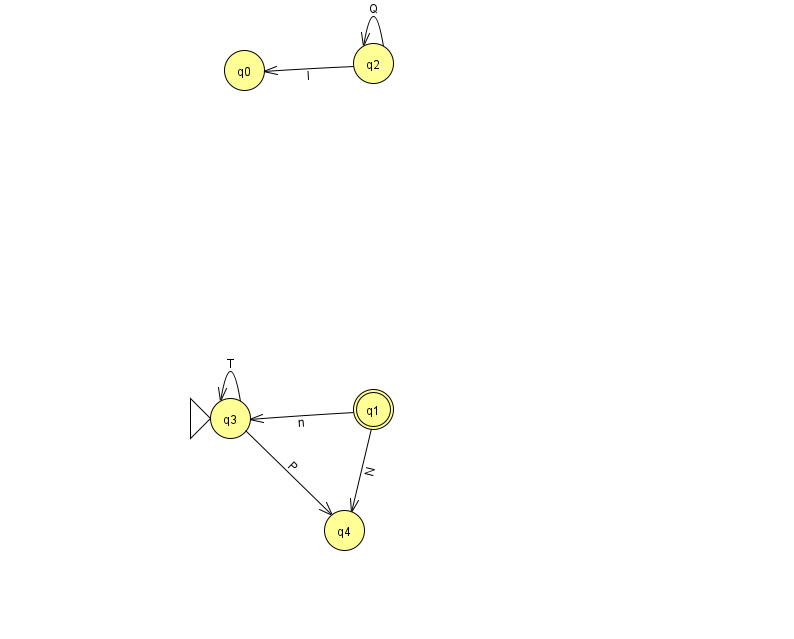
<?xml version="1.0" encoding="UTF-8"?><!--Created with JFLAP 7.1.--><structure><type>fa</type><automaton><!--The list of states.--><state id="0" name="q0"><x>244.0</x><y>57.0</y></state><state id="1" name="q1"><x>373.0</x><y>396.0</y><final/></state><state id="2" name="q2"><x>373.0</x><y>50.0</y></state><state id="3" name="q3"><x>230.0</x><y>405.0</y><initial/></state><state id="4" name="q4"><x>344.0</x><y>517.0</y></state><!--The list of transitions.--><transition><from>2</from><to>0</to><read>I</read></transition><transition><from>2</from><to>2</to><read>Q</read></transition><transition><from>1</from><to>4</to><read>N</read></transition><transition><from>3</from><to>3</to><read>T</read></transition><transition><from>1</from><to>3</to><read>n</read></transition><transition><from>3</from><to>4</to><read>P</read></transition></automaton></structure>